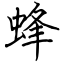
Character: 蜂